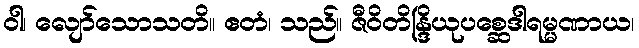
ဝါ၊ လျော်သောသတိ။ ဧတံ၊ သည်။ ဇီဝိတိန္ဒြိယုပစ္ဆေဒါရမ္မဏာယ၊